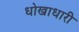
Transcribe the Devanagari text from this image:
धोखाधारी